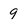
Character: 9